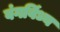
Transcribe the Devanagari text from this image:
वंगविंध्य